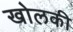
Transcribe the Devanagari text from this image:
खोलकी